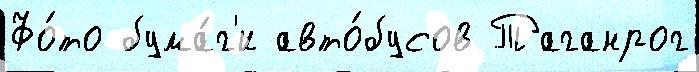
Фо́то бума́г'и авто́бусов Таганрог